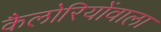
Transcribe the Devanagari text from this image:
कैलोरियोंवाला